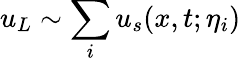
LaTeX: u_{L}\sim\sum_{i}u_{s}(x,t;\eta_{i})